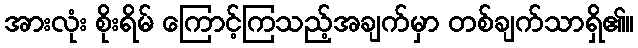
အားလုံး စိုးရိမ် ကြောင့်ကြသည့်အချက်မှာ တစ်ချက်သာရှိ၏။